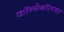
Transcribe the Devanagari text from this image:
कॉन्मेबॉलवर